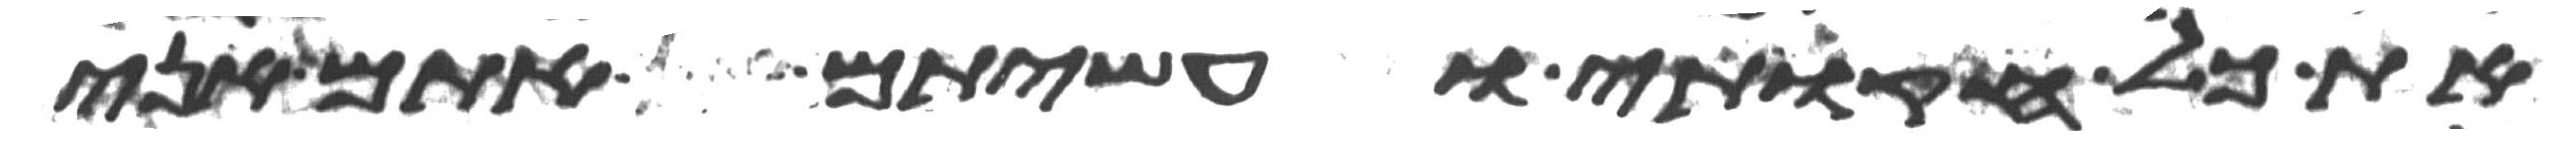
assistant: את כל חקותי ועשיתם אתם אני